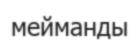
мейманды